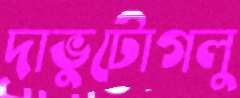
দাভুটোগলু